King Institute of Preventive Medicine Micro-Biological Section reports 1912-19
Year: 1912
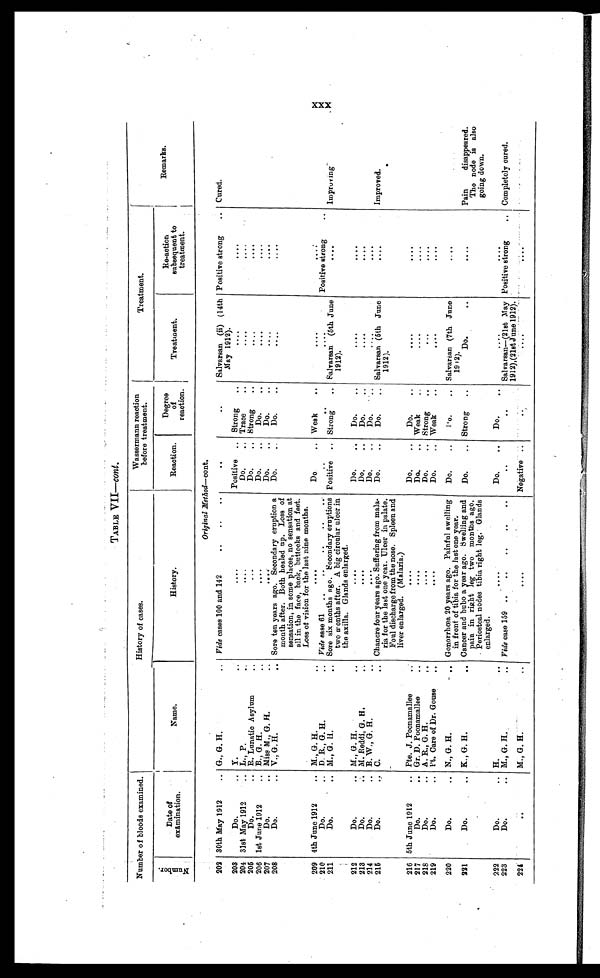
TABLE VII—cont.
Number of bloods examined.
History of cases.
Wassermann reaction
before treatment.
Treatment.
r
Remarks.
N u m b e r .
Date of
examination.
Name.
History.
Reaction.
Degree
of
reaction.
Treatment.
Re-action
subsequent to
treatment.
Original Method— cont.
202 30th May 1912 . . . G., G. H. . . .
Vide cases 100 and 142 . . .
. . .
. . .
Salvarsan (ii) (14th
May 1912).
Positive strong . . .
Cured.
203
Do. . . . Y. . . .
. . .
Positive
. . . Strong
. . .
. . .
. . .
204 31st May 1912 . . . L., P. . . .
. . .
Do. . . . Trace . . .
. . .
. . .
205
Do. . . . R. Lunatic Asylum . . .
. . .
D o . . . .
S t r o n g . . .
. . .
. . .
206 1st June 1912 . . . B., G. H.. . .
. . .
Do. . . .
Do.. . .
. . .
...
207
Do. . . . Miss M., G. H. . . .
. . .
Do. . . .
Do. . . .
. . .
. . .
208
Do.
V. G. H. . . .
Sore ten years ago. Secondary eruption a
month after. Both healed up. Loss of
sensation, in some places, no sensation at
all in the face, back, buttocks and feet.
Loss of vision for the last nine months.
Do.
Do. . . .
. . .
. . .
209 4th June 1912. . . M., G. H. . . .
. . .
Do . . . Weak , . .
. . .
. . .
210
Do. . . . D. R., G. H. . . .
Vide case 61 . . .
. . .
. . .
. . .
Positive strong
211
Do. . . . M., G. H. . . .
Sore six months ago. Secondary eruptions
two months after. A big circular ulcer in
the axilla. Glands enlarged.
Positive . . . Strong . . . Salvarsan (5th June
1912).
. . .
Impro vin g
212
Do. . . . M., G. H. . . .
. . .
Do. . . .
Do. . . .
. . .
. . .
213
Do. . . . M. Reddi, G. H.
. . .
Do. . .
D o . . . .
. . .
214
Do. . . . B. W., G. H. . . .
. . .
Do. . . .
Do. . . .
. . .
. . .
215
Do.
C. . . .
Chancre four years ago. Suffering from mala-
ria for the last one year. Ulcer in palate.
Foul discharge from the nose. Spleen and
liver enlarged. (Malaria.)
Do. . . .
Do. . . . Salvarsan (5th June
1912).
. . .
Improved.
216 5th June 1912 . . .. Pte. J. Poonamallee
. . .
Do. . . .
Do.. . .
. . .
217
Do. . . . Gr. D. Poonamallee . . .
. . .
Do. . . . Weak . . .
. . .
. . .
218
Do. . . . A. R., G. H. . . .
. . .
Do. . . . Strong . . .
. . .
. . .
219
Do. . . . Pt. Care of Dr. Gouse . . .
. . .
Do. . . . Weak . . .
. . .
. . .
220
Do. . . . N., G. H. . . .
Gonorrhœa 20 years ago. Painful swelling.
in front of tibia for the last one year.
Do . . . .
D o . . . . Salvarsan (7th June
1912) .
. . .
2 2 1
Do. . . . K., G. H. . . .
Cancer and bubo a year ago. Swelling and
pain in right leg two months ago.
Periosteal nodes tibia right leg. Glands
enlarged.
Do. . . . Strong . . .
D o . . .
. . .
P a i n d i s a p p e a r e d .
The node is also
going down.
222
Do. . . . H. . . .
Do. . . .
Do. . . .
. . .
. . .
223
Do. . . . M., G. H. . . .
Vide case 159 . . .
. . .
. . .
Salvarsan—(21st May
1912), (21st June 1912).
Positive strong . . .
Completely cured.
224
. . .
M., G. H. . . .
. . .
Negative
. . .
. . .
. . .
. . .
XXX